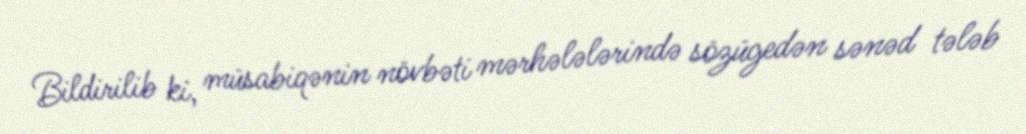
Bildirilib ki, müsabiqənin növbəti mərhələlərində sözügedən sənəd tələb